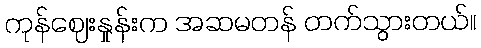
ကုန်ဈေးနှုန်းက အဆမတန် တက်သွားတယ်။